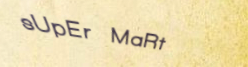
sUpEr MaRt